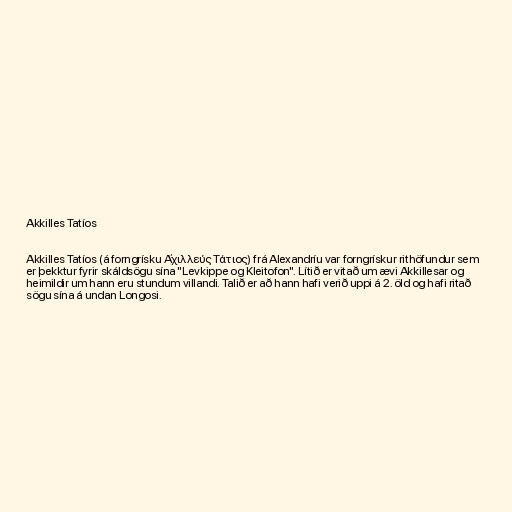
Akkilles Tatíos

Akkilles Tatíos (á forngrísku Ἀχιλλεύς Τάτιος) frá Alexandríu var forngrískur rithöfundur sem
er þekktur fyrir skáldsögu sína "Levkippe og Kleitofon". Lítið er vitað um ævi Akkillesar og
heimildir um hann eru stundum villandi. Talið er að hann hafi verið uppi á 2. öld og hafi ritað
sögu sína á undan Longosi.